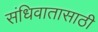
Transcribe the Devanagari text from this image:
संधिवातासाठी